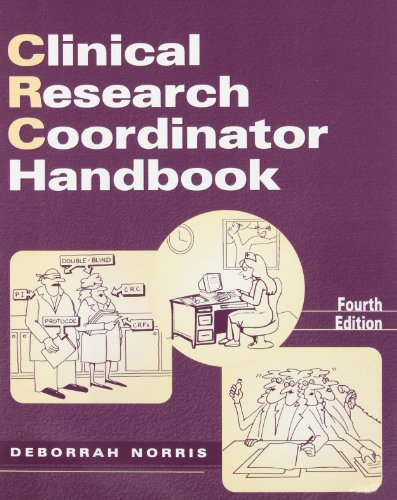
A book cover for Clinical Research Coordinator Handbook, Fourth Edition; Deborrah Norris; Medical Books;